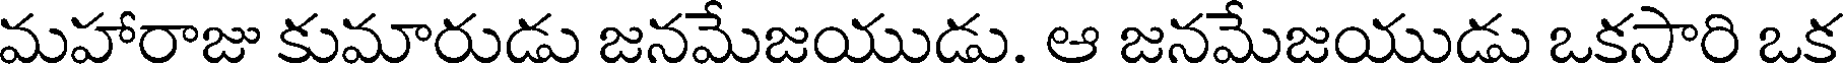
మహారాజు కుమారుడు జనమేజయుడు. ఆ జనమేజయుడు ఒకసారి ఒక